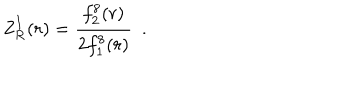
LaTeX: \mathrm { Z } _ { \mathrm { R } } ^ { I } ( r ) = { \frac { f _ { 2 } ^ { 8 } ( r ) } { 2 f _ { 1 } ^ { 8 } ( r ) } } ~ ~ .